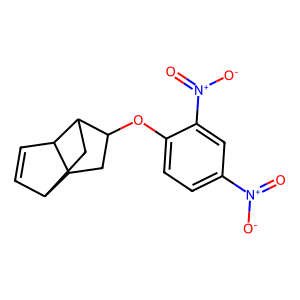
SMILES: O=[N+]([O-])c1ccc(OC2CC3C4C=CC3C2C4)c([N+](=O)[O-])c1
Inhibits HIV replication: No